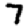
Digit: 7